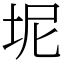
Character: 坭